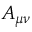
A _ { \mu \nu }